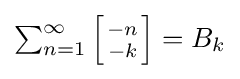
{\textstyle \sum _{n=1}^{\infty }\left[{-n \atop -k}\right]=B_{k}}